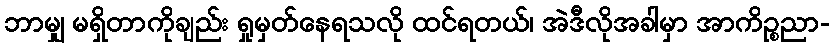
ဘာမျှ မရှိတာကိုချည်း ရှုမှတ်နေရသလို ထင်ရတယ်၊ အဲဒီလိုအခါမှာ အာကိဉ္စညာ-